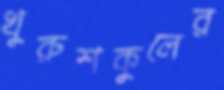
খুরুশকুলের